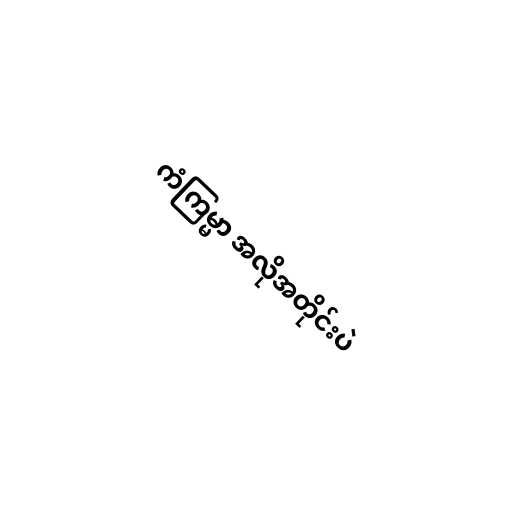
ကံကြမ္မာ အလိုအတိုင်းပဲ